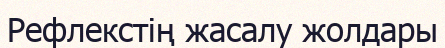
Рефлекстің жасалу жолдары